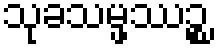
သုခသမ္ဖဿဉ္စ